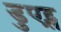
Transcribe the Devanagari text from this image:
डुएट्स